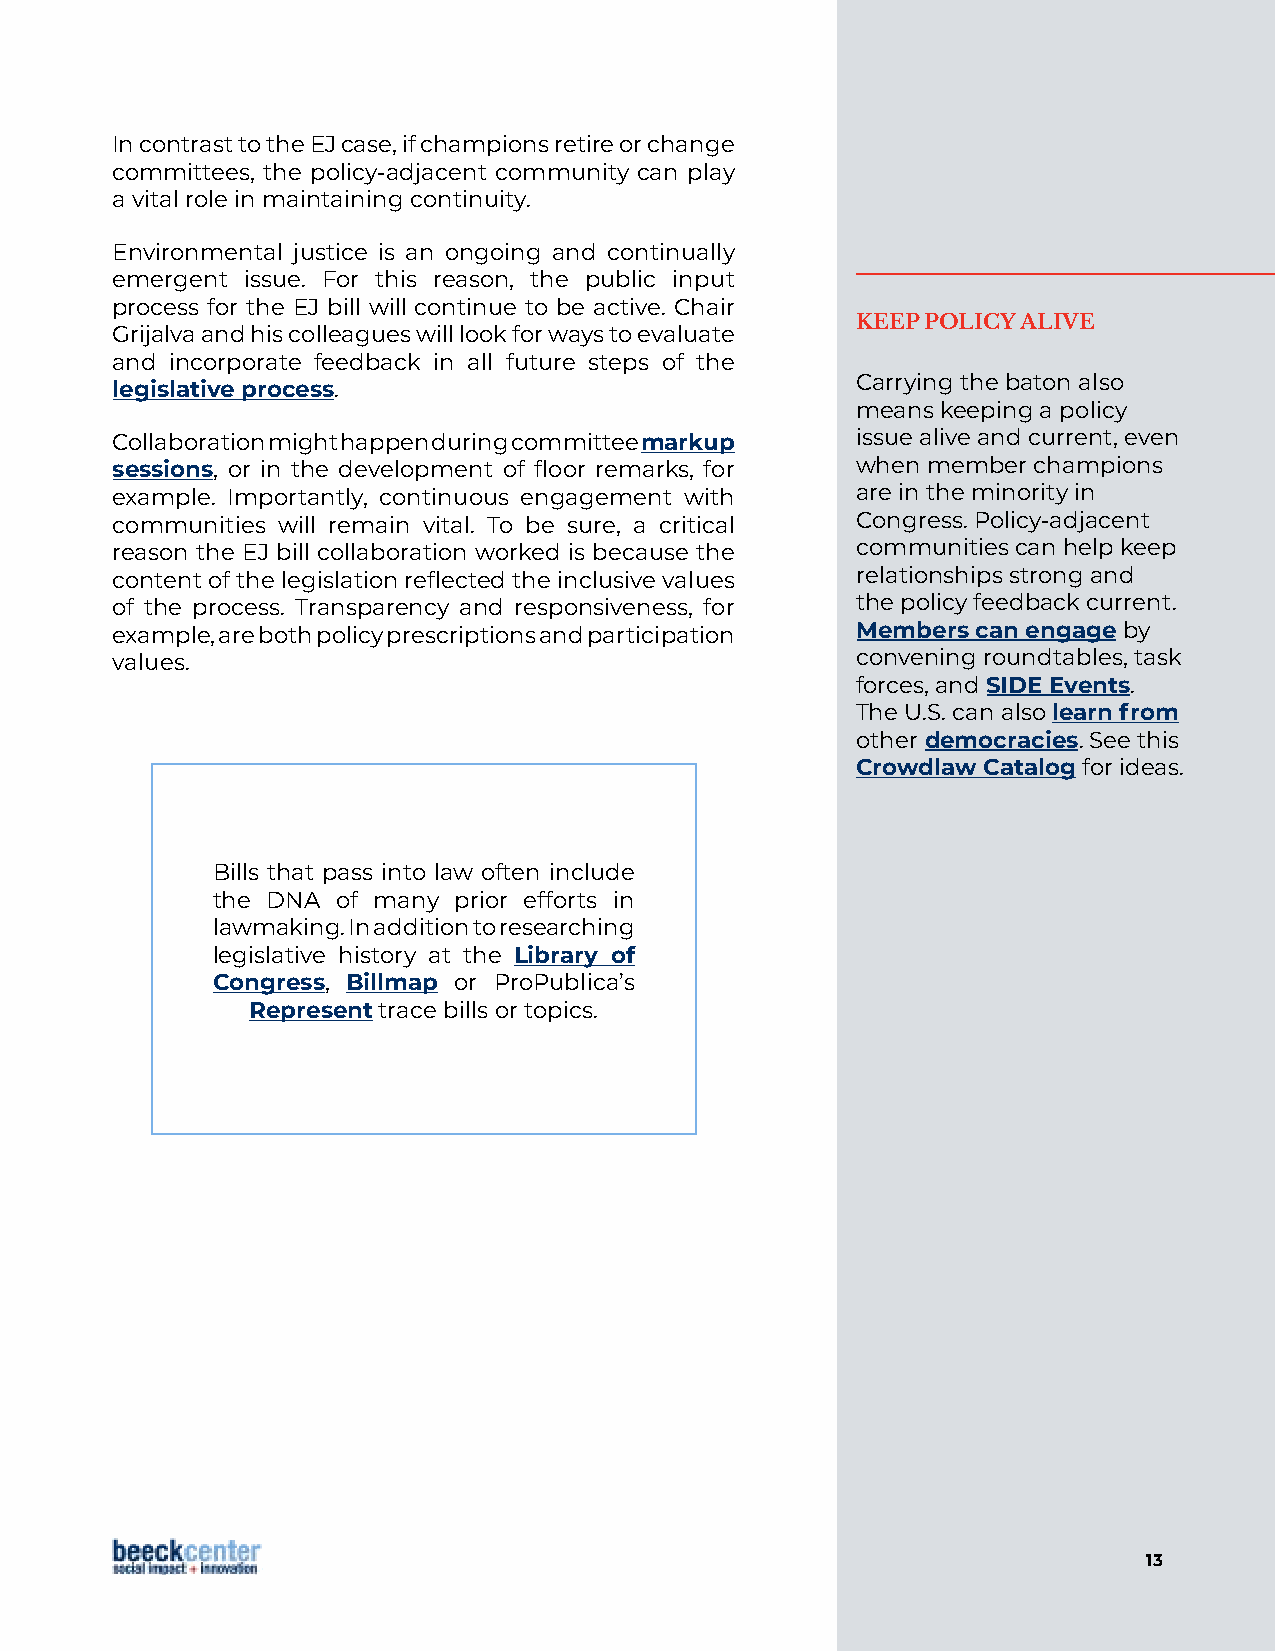
In contrast to the EJ case, if champions retire or change
 committees, the policy-adjacent community can play
 a vital role in maintaining continuity.
 Environmental justice is an ongoing and continually
 emergent issue. For this reason, the public input
 process for the EJ bill will continue to be active. Chair
 KEEP POLICY ALIVE
 Grijalva and his colleagues will look for ways to evaluate
 and incorporate feedback in all future steps of the
 Carrying the baton also
 legislative process.
 means keeping a policy
 Collaboration might happen during committee markup issue alive and current, even
 sessions, or in the development of floor remarks, for when member champions
 example. Importantly, continuous engagement with  are in the minority in
 communities will remain vital. To be sure, a critical Congress. Policy-adjacent
 reason the EJ bill collaboration worked is because the communities can help keep
 content of the legislation reflected the inclusive values relationships strong and
 of the process. Transparency and responsiveness, for the policy feedback current.
 example, are both policy prescriptions and participation Members can engage by
 values.                                           convening roundtables, task
 forces, and SIDE Events.
 The U.S. can also learn from
 other democracies. See this
 Crowdlaw Catalog for ideas.
 Bills that pass into law often include
 the DNA of many prior efforts in
 lawmaking. In addition to researching
 legislative history at the Library of
 Congress, Billmap or ProPublica’s
 Represent trace bills or topics.
 13